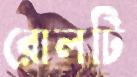
রোলটি